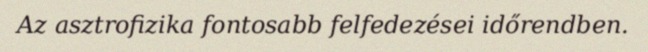
Az asztrofizika fontosabb felfedezései időrendben.